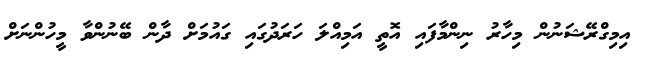
އިމިގްރޭޝަނުން މިހާރު ނިންމާފައި އޮތީ އަމިއްލަ ހަރަދުގައި ގައުމަށް ދާން ބޭނުންވާ މީހުންނަށް